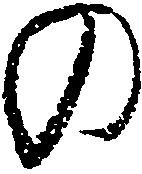
の